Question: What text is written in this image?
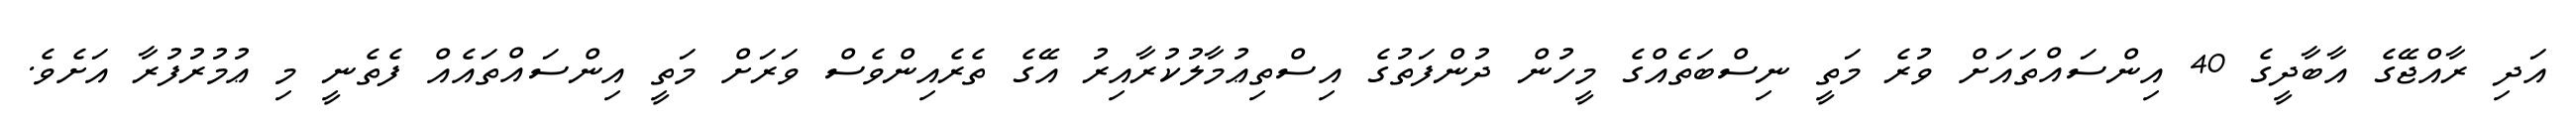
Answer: އަދި ރާއްޖޭގެ އާބާދީގެ 40 އިންސައްތައަށް ވުރެ މަތީ ނިސްބަތެއްގެ މީހުން ދުންފަތުގެ އިސްތިޢުމާލުކުރާއިރު އޭގެ ތެރެއިންވެސް ވަރަށް މަތީ އިންސައްތައެއް ފެތެނީ މި ޢުމުރުފުރާ އަށެވެ.